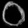
Digit: ၀